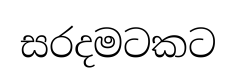
සරදමටකට